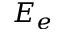
E _ { e }